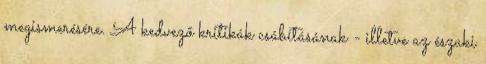
megismerésére. A kedvező kritikák csábításának - illetve az északi